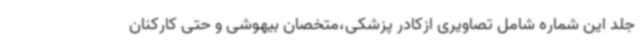
جلد این شماره شامل تصاویری ازکادر پزشکی،متخصان بیهوشی و حتی کارکنان